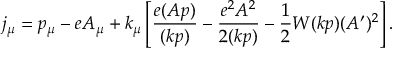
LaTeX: j _ { \mu } = p _ { \mu } - e A _ { \mu } + k _ { \mu } \left[ \frac { e ( A p ) } { ( k p ) } - \frac { e ^ { 2 } A ^ { 2 } } { 2 ( k p ) } - \frac 1 2 W ( k p ) ( A ^ { \prime } ) ^ { 2 } \right] .